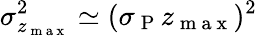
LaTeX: \sigma_{z_{\mathrm{~m~a~x~}}}^{2}\simeq(\sigma_{\mathrm{~P~}}z_{\mathrm{~m~a~x~}})^{2}